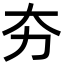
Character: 夯